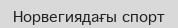
Норвегиядағы спорт